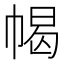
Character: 幆